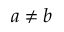
a \neq b